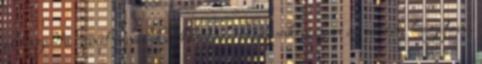
elfogadta, amit remélek, akkor elindultunk szépen az utcán. hagytam,